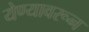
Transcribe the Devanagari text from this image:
येण्यावरून